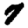
Digit: 7